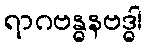
ရာဂဗန္ဓနဗဒ္ဓါ